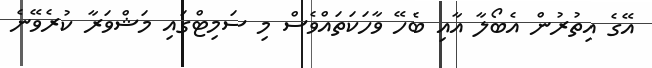
އޭގެ އިތުރުން އެބޯލާ އާއި ބެހޭ ވާހަކަތައްވެސް މި ސަމިޓްގައި މަޝްވަރާ ކުރެވޭނެ